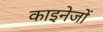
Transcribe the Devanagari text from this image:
काइनेजों